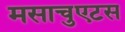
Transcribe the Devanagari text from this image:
मसाचुएटस